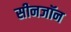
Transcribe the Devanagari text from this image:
सीनजॉन